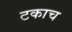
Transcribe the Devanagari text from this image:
टकाच